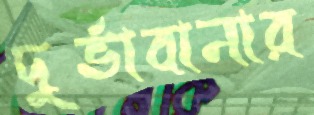
দুর্ভাবানার